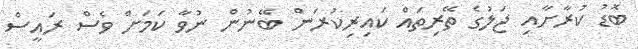
ބޮޑު ކުރާށާއި ޖަލުގެ ތޭރިތައް ކައިރިކުރަން ބޭނުން ނުވާ ކަމަށް ވެސް ރައީސް